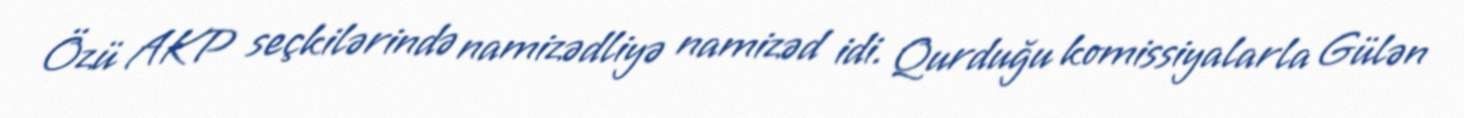
Özü AKP seçkilərində namizədliyə namizəd idi. Qurduğu komissiyalarla Gülən